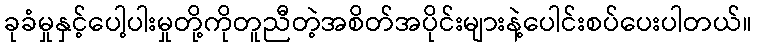
ခုခံမှုနှင့်ပေါ့ပါးမှုတို့ကိုတူညီတဲ့အစိတ်အပိုင်းများနဲ့ပေါင်းစပ်ပေးပါတယ်။